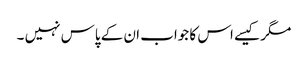
مگر کیسے اس کا جواب ان کے پاس نہیں ۔